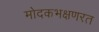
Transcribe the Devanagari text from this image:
मोदकभक्षणरत